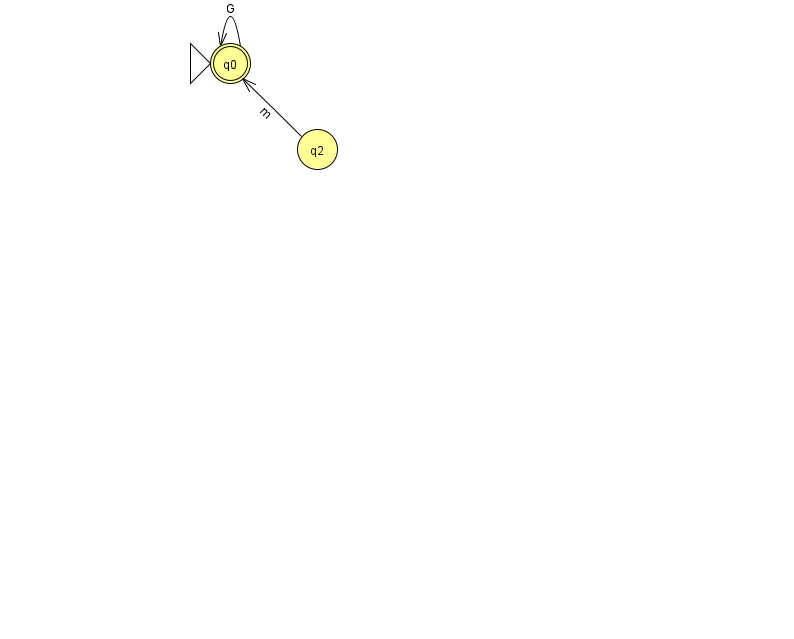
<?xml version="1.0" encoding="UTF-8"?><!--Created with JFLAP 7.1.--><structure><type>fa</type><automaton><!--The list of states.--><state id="0" name="q0"><x>230.0</x><y>50.0</y><initial/><final/></state><state id="2" name="q2"><x>317.0</x><y>136.0</y></state><!--The list of transitions.--><transition><from>0</from><to>0</to><read>G</read></transition><transition><from>2</from><to>0</to><read>m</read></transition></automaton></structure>